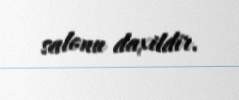
salonu daxildir.